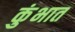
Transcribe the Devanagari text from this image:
कुंभात